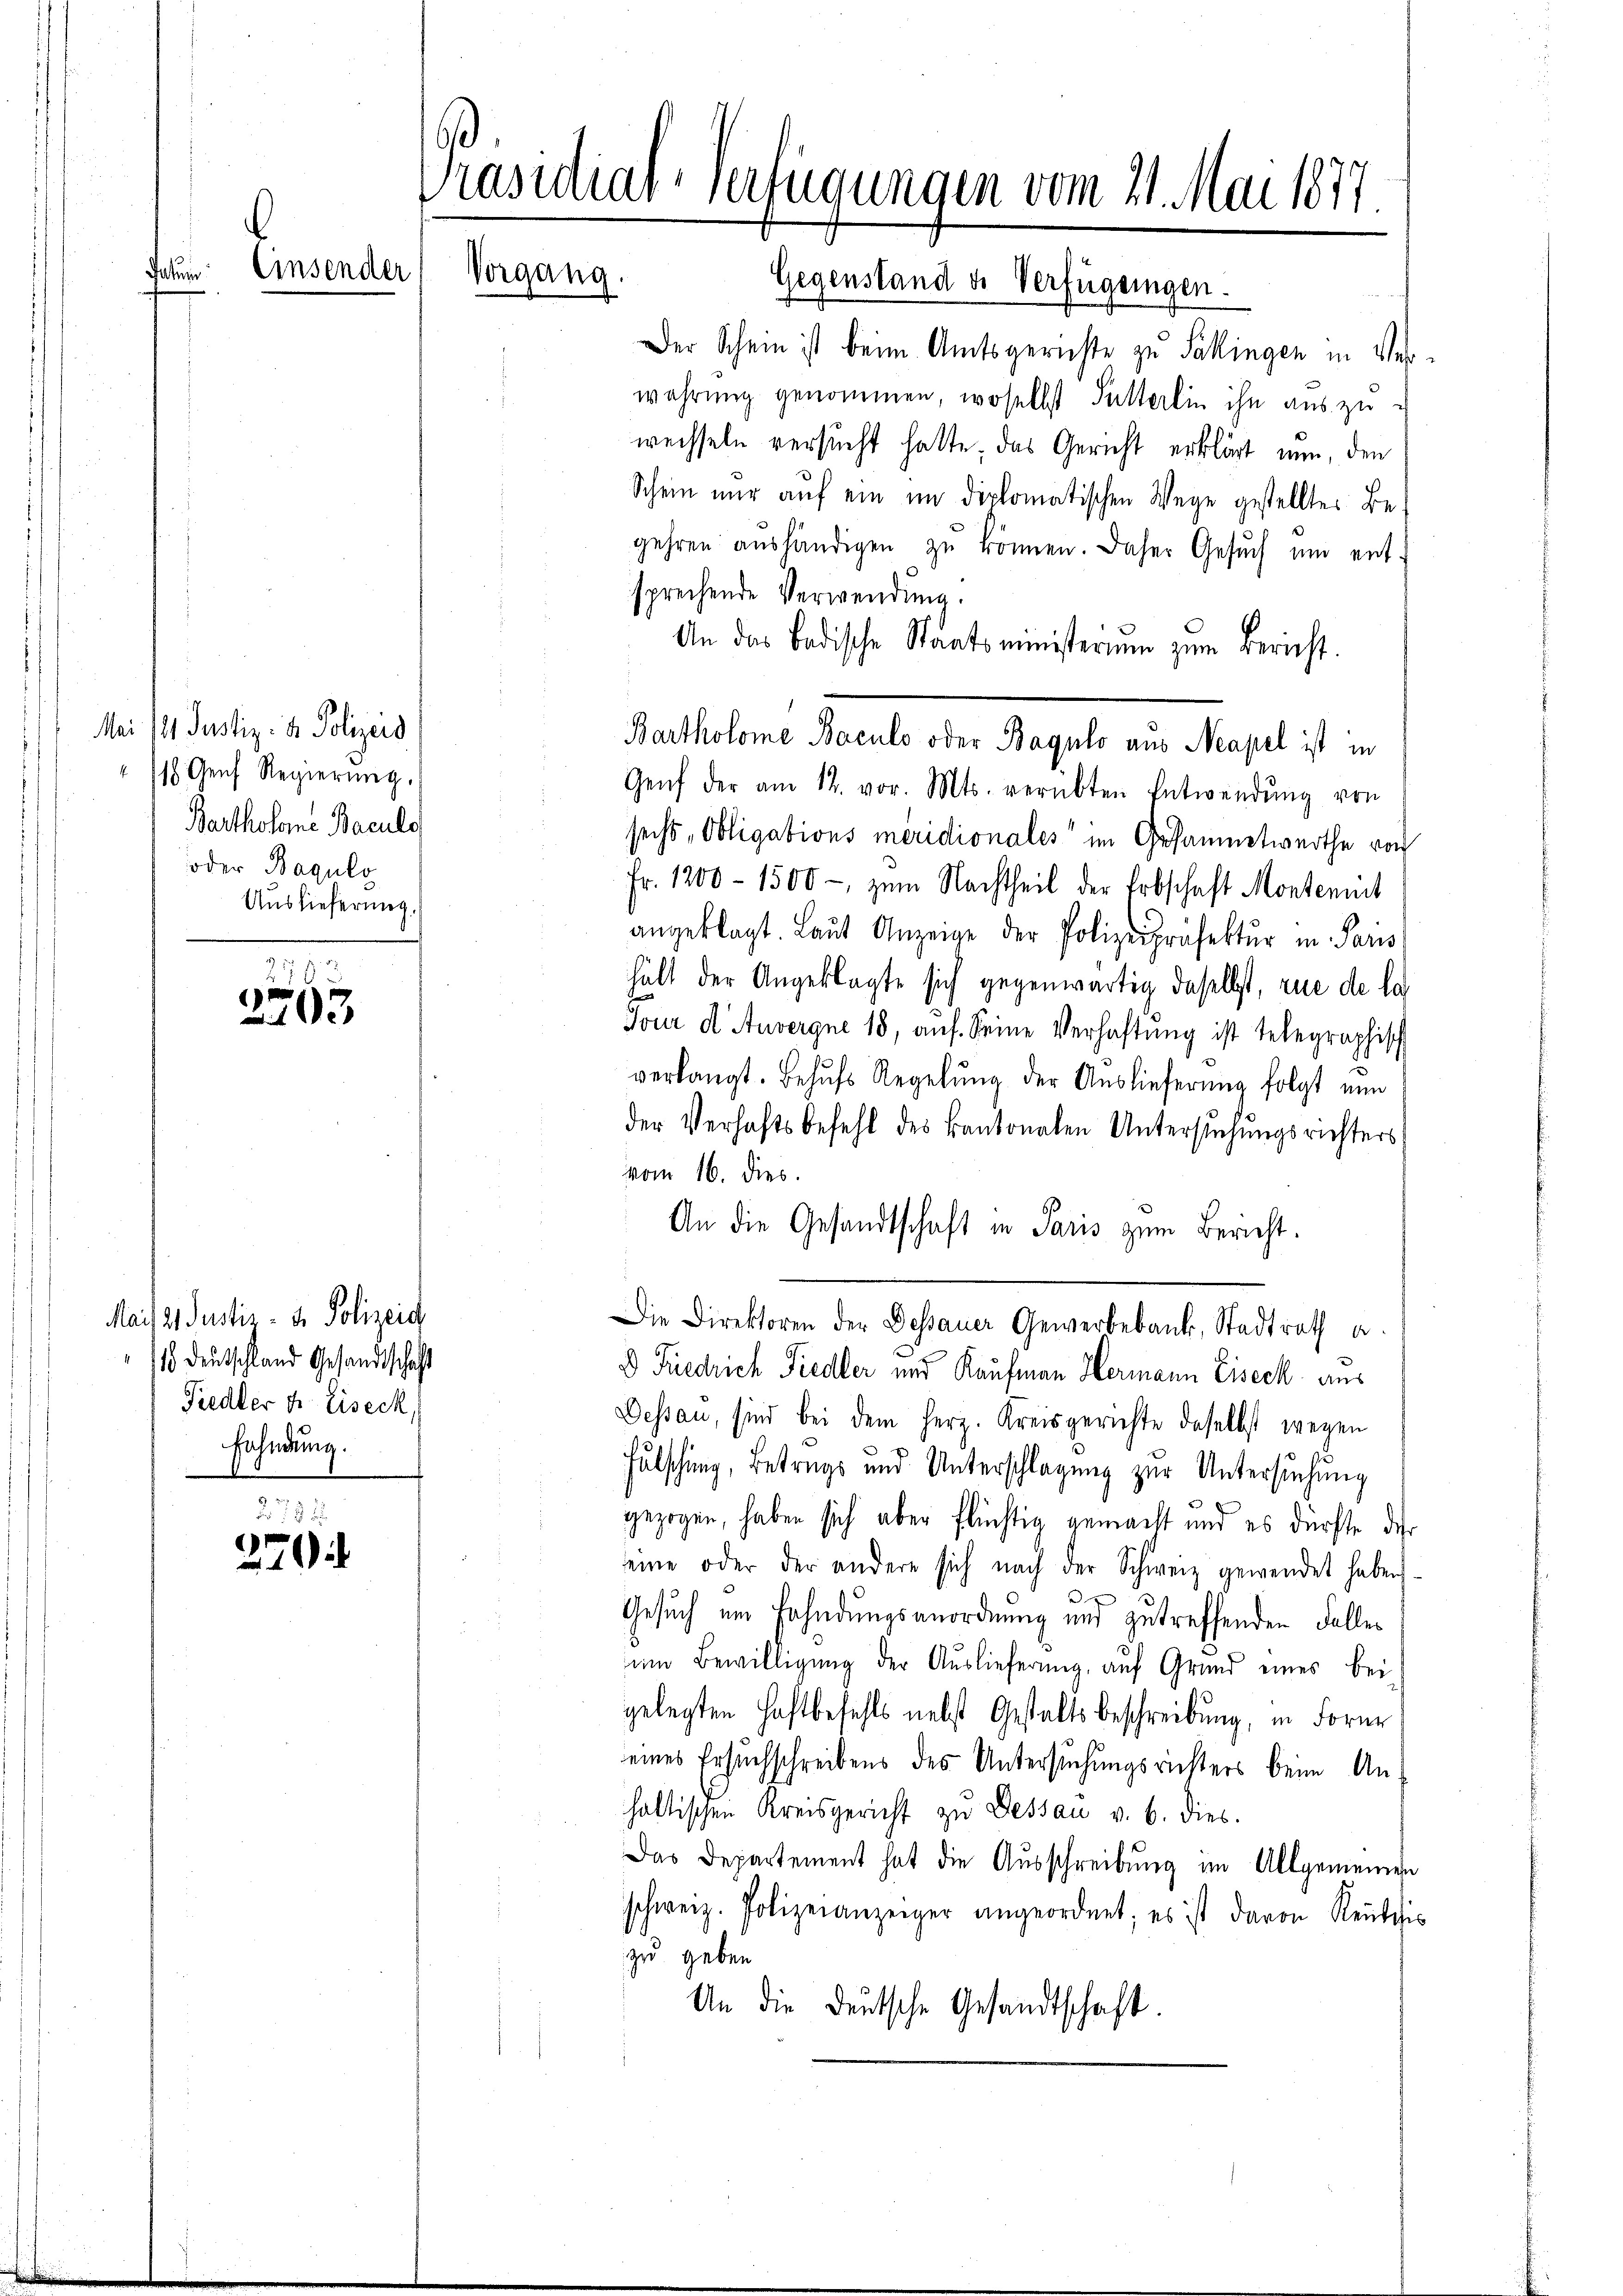
fatui

Mai 181 Justiz- & Polizeis
1 Genf Regierŭng.
Bartholome Baculo
oder Baguls
Auslieferung.

Präsidial-Verfügungen vom 21. Mai 1877
Einsender
Vorgang.
Gegenstand de Verfügungen.

3793

Mais 2. Justiz- & Polizeid
18 Deutschland Gesandtschaft
Fiedler & Eiseck,
Fahndung.

.
252.
2

Der Schein ist beim Amtsgerichte zu Säkingen in Verwahrung genommen, woselbst Futterlin ihn aus zu
weisseln versucht hatte, das Gericht erklärt nun, den
Schein nur auf ein im diplomatischen Wege gestellter Be-
gehren aŭshändigen zŭ können. Daher Gesŭch ŭm ent-
sprechende Verwendung.
An das Badische Staatsministerium zum Bericht.
Genf der am 12. vor. Mts. verübten Entwendŭng von
sechs, Obligations meridionales im Gesammtwerthe von
Fr. 1200 - 1500 - zum Nachtheil der Erbschaft Montemit
angeklagt. Laŭt Anzeige der Polizeipräsektur in Paris
hält der Angeklagte sich gegenwärtig daselbst, zue de la
Tour d. Anvergne 18, auf Seine Verhaftung ist telegraphisch
verlangt. Behŭfs Regelŭng der Auslieferŭng folgt nun
der Verhaftsbefehl des kantonalen Untersŭchŭngsrichters
vom 16. dies
An die Gesandtschaft in Paris zum Bericht.
Die Direktoren der Dessauer Gewerbebank, Stadtrath a
D Friedrich Siedler und Kaufmann Hermann Eiseck aus
Dessau, sind bei dem Herz. Kreisgerichte daselbst wegen
Fulschung, Betrugs und Unterschlagung zur Untersuchung
gezogen, haben sich aber flüchtig gemacht und es dürfte der
seine oder der andere sich nach der Schweiz gewendet haben.
Gesuch um Fahndungsanordnung und zutreffenden Faller
um Bewilligung der Auslieferung, auf Grund eines bei
gelegten Haftbefehls nebst Gestaltsbeschreibung, in For
eines Ersuchschreibens des Untersuchungsrichters beim Anhaltischen Kreisgericht zu Dessau u. b. dies
Das Departement hat die Ausschreibung im Allgemeinen
schweiz. Polizeianzeiger angeordnet; es ist davon Reutchis
zu geben
An die deutsche Gesandtschaft.

Bartholome Baculo oder Bagulo aus Neapel ist in